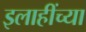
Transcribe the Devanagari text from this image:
इलाहींच्या